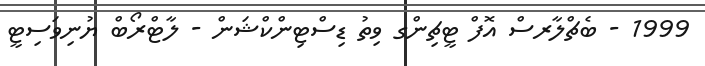
1999 - ބެޗްލާރސް އޮފް ޓީޗިންގ ވިތު ޑިސްޓިންކްޝަން - ލާޓްރޯބް ޔުނިވަސިޓީ